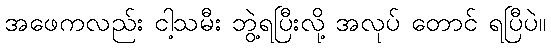
အဖေကလည်း ငါ့သမီး ဘွဲ့ရပြီးလို့ အလုပ် တောင် ရပြီပဲ။